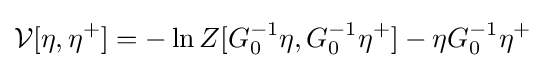
{\mathcal {V}}[\eta ,\eta ^{+}]=-\ln Z[G_{0}^{-1}\eta ,G_{0}^{-1}\eta ^{+}]-\eta G_{0}^{-1}\eta ^{+}